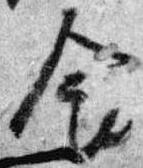
食